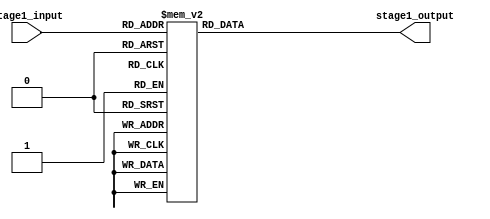
module s8(stage1_input,stage1_output);
input [5:0] stage1_input;
output [3:0] stage1_output;

reg [3:0] stage1_output;

always @(stage1_input)
begin
   case(stage1_input)			//synopsys full_case parallel_case
        0: stage1_output = 4'd13; 
        1: stage1_output = 4'd1; 
        2: stage1_output = 4'd2; 
        3: stage1_output = 4'd15; 
        4: stage1_output = 4'd8; 
        5: stage1_output = 4'd13; 
        6: stage1_output = 4'd4; 
        7: stage1_output = 4'd8; 
        8: stage1_output = 4'd6; 
        9: stage1_output = 4'd10; 
        10: stage1_output = 4'd15; 
        11: stage1_output = 4'd3; 
        12: stage1_output = 4'd11; 
        13: stage1_output = 4'd7; 
        14: stage1_output = 4'd1; 
        15: stage1_output = 4'd4; 
        16: stage1_output = 4'd10; 
        17: stage1_output = 4'd12; 
        18: stage1_output = 4'd9; 
        19: stage1_output = 4'd5; 
        20: stage1_output = 4'd3; 
        21: stage1_output = 4'd6; 
        22: stage1_output = 4'd14; 
        23: stage1_output = 4'd11; 
        24: stage1_output = 4'd5; 
        25: stage1_output = 4'd0; 
        26: stage1_output = 4'd0; 
        27: stage1_output = 4'd14; 
        28: stage1_output = 4'd12; 
        29: stage1_output = 4'd9; 
        30: stage1_output = 4'd7; 
        31: stage1_output = 4'd2; 
        32: stage1_output = 4'd7; 
        33: stage1_output = 4'd2; 
        34: stage1_output = 4'd11; 
        35: stage1_output = 4'd1; 
        36: stage1_output = 4'd4; 
        37: stage1_output = 4'd14; 
        38: stage1_output = 4'd1; 
        39: stage1_output = 4'd7; 
        40: stage1_output = 4'd9; 
        41: stage1_output = 4'd4; 
        42: stage1_output = 4'd12; 
        43: stage1_output = 4'd10; 
        44: stage1_output = 4'd14; 
        45: stage1_output = 4'd8; 
        46: stage1_output = 4'd2; 
        47: stage1_output = 4'd13; 
        48: stage1_output = 4'd0; 
        49: stage1_output = 4'd15; 
        50: stage1_output = 4'd6; 
        51: stage1_output = 4'd12; 
        52: stage1_output = 4'd10; 
        53: stage1_output = 4'd9; 
        54: stage1_output = 4'd13; 
        55: stage1_output = 4'd0; 
        56: stage1_output = 4'd15; 
        57: stage1_output = 4'd3; 
        58: stage1_output = 4'd3; 
        59: stage1_output = 4'd5; 
        60: stage1_output = 4'd5; 
        61: stage1_output = 4'd6; 
        62: stage1_output = 4'd8; 
        63: stage1_output = 4'd11; 
   endcase
end

endmodule